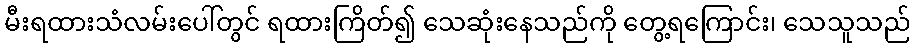
မီးရထားသံလမ်းပေါ်တွင် ရထားကြိတ်၍ သေဆုံးနေသည်ကို တွေ့ရကြောင်း၊ သေသူသည်